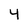
Character: 4